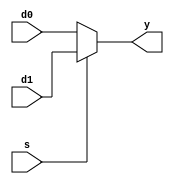
// This program was cloned from: https://github.com/siliconcompiler/scgallery
// License: Apache License 2.0

module mux2 #(parameter WIDTH = 8)
   (input wire  [WIDTH-1:0] d0, d1, 
    input wire              s, 
    output wire [WIDTH-1:0] y);

   assign y = s ? d1 : d0;
   
endmodule // mux2